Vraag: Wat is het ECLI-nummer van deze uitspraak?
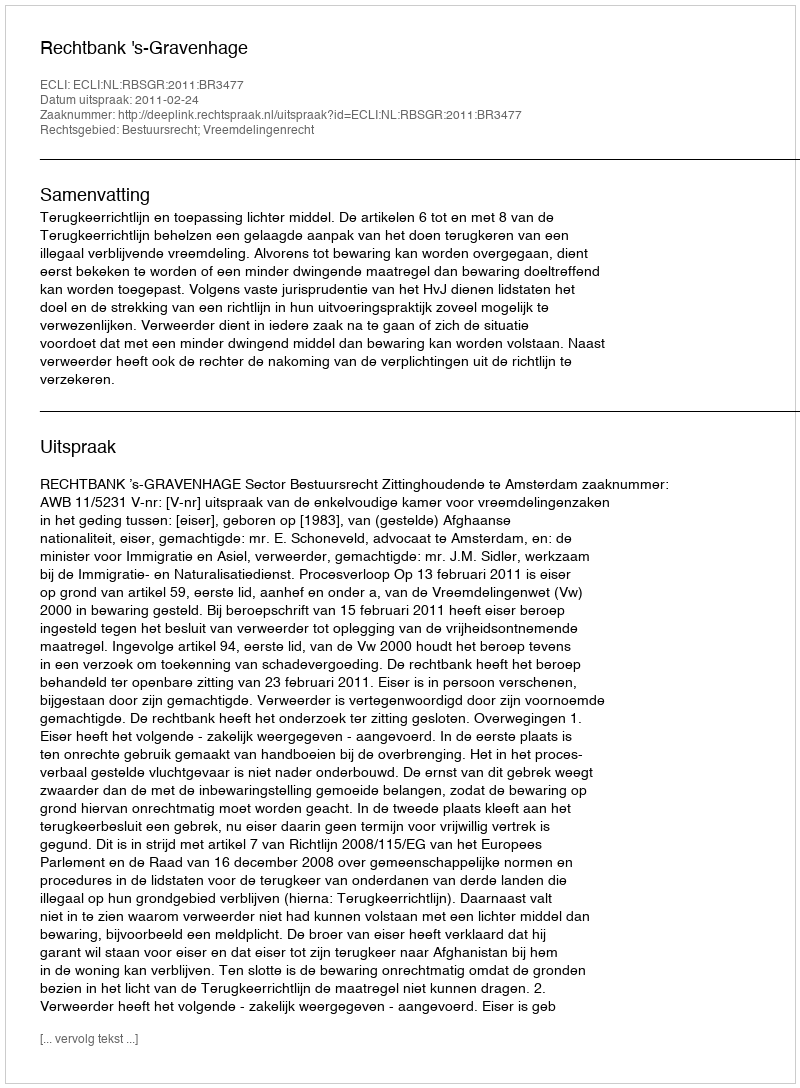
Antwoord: ECLI:NL:RBSGR:2011:BR3477